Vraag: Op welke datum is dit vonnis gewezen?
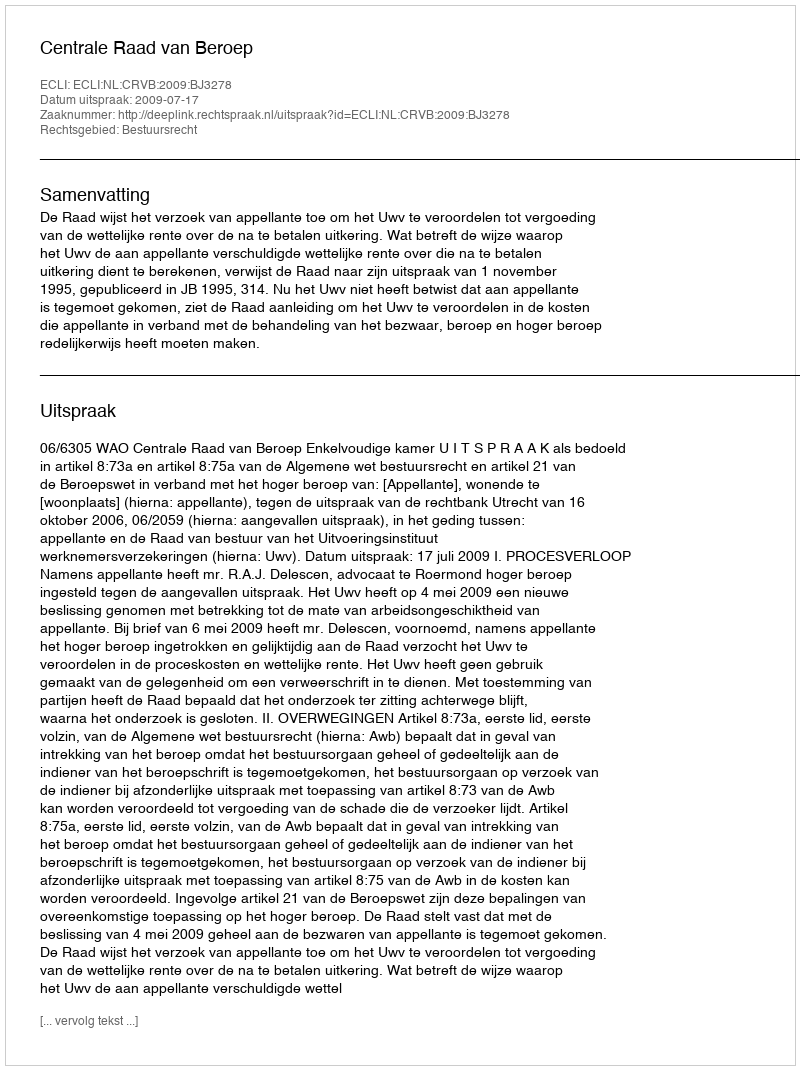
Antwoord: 2009-07-17